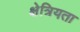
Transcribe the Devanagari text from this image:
क्षेत्रियता